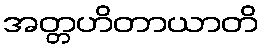
အတ္တဟိတာယာတိ